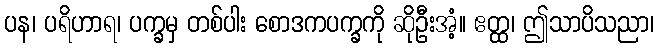
ပန၊ ပရိဟာရ၊ ပက္ခမှ တစ်ပါး စောဒကပက္ခကို ဆိုဦးအံ့။ ဧတ္ထ၊ ဤသာပိသညာ၊